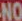
NO